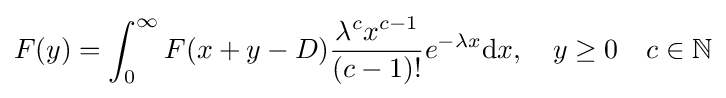
F(y)=\int _{0}^{\infty }F(x+y-D){\frac {\lambda ^{c}x^{c-1}}{(c-1)!}}e^{-\lambda x}{\text{d}}x,\quad y\geq 0\quad c\in \mathbb {N}